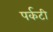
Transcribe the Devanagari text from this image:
पर्कटी